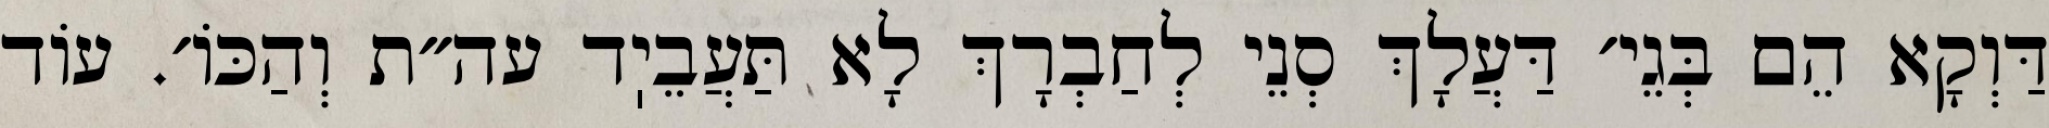
דַּוְקָא הֵם בְּגֵי׳ דַּעֲלָךְ סְנֵי לְחַבְרָךְ לָא תַּעֲבֵיֽד עה״ת וְהַכּוֹ׳. עוֹד